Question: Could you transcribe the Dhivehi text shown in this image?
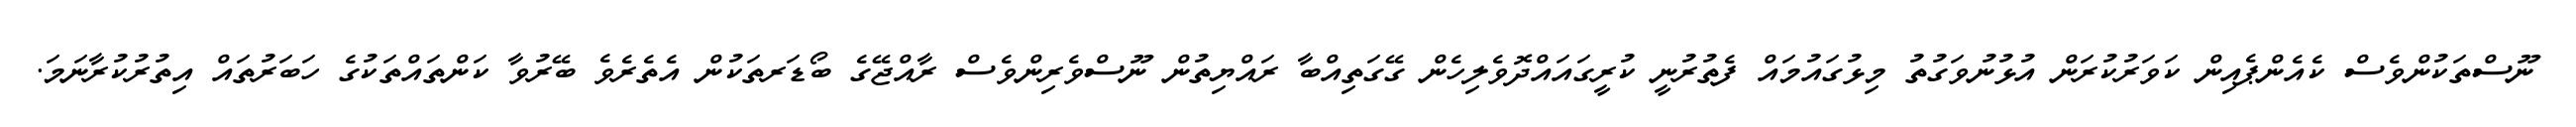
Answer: ނޫސްތަކުންވެސް ކެއެންޕެއިން ކަވަރުކުރަން އުޅުނުވަގުތު މިޅުގައުމައް ފެތުރުނީ ކުރީގައައްދޮވެލިހެން ގޭގަތިއްބާ ރައްޔިތުން ނޫސްވެރިންވެސް ރާއްޖޭގެ ބޯޑަރތަކުން އެތެރެވެ ބޭރުވާ ކަންތައްތަކުގެ ހަބަރުތައް އިތުރުކުރާނަމަ.